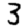
Digit: 3